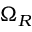
\Omega _ { R }